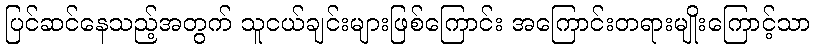
ပြင်ဆင်နေသည့်အတွက် သူငယ်ချင်းများဖြစ်ကြောင်း အကြောင်းတရားမျိုးကြောင့်သာ